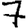
Digit: 7